Accounts of Education Authorities, 1920
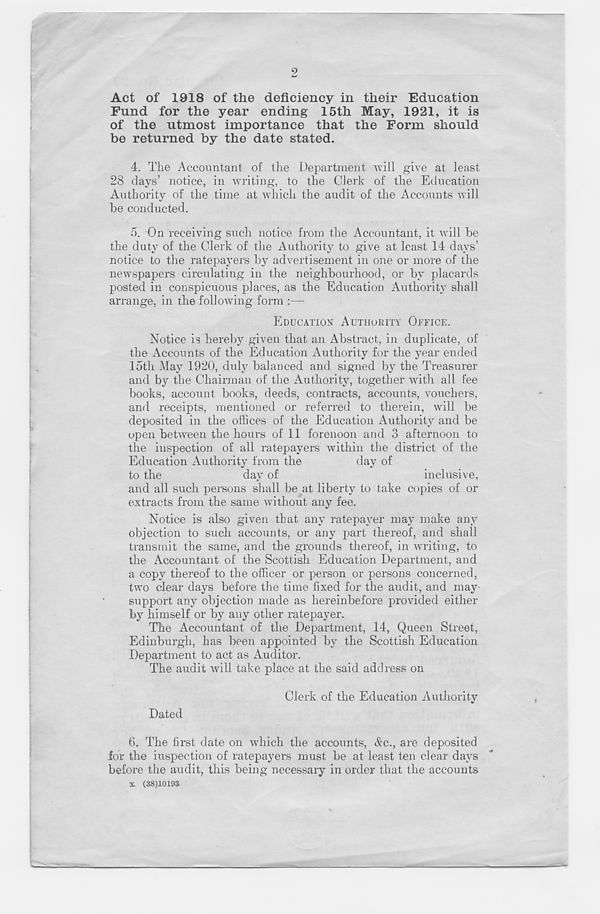
2
Act of 1918 of the deficiency in their Education
Fund for the year ending 15th May, 1921, it is
of the utmost importance that the Form should
be returned by the date stated.
4. The Accountant of the Department will give at least
28 days’ notice, in writing, to the Clerk of the Education
Authority of the time at which the audit of the Accounts will
be conducted.
5. On receiving such notice from the Accountant, it will be
the duty of the Clerk of the Authority to give at least 14 days’
notice to the ratepayers by advertisement in one or more of the
newspapers circulating in the neighbourhood, or by placards
posted in conspicuous places, as the Ediication Authority shall
arrange, in the following form :—
EDUCATION AUTHORITY OFFICE.
Notice is hereby given that an Abstract, in duplicate, of
the Accounts of the Education Authority for the year ended
loth May 1920, duly balanced and signed by the Treasurer
and by the Chairman of the Authority, together with all fee
books, account books, deeds, contracts, accounts, vouchers,
and receipts, mentioned or referred to therein, will be
deposited in the offices of the Education Authority and be
open between the hours of 11 forenoon and 3 afternoon to
the inspection of all ratepayers within the district of the
Education Authority from the
day of
to the
da} 6 7
and all such persons shall be at liberty to take copies of or
extracts from the same without any fee.
Notice is also given that any ratepayer may make any
objection to such accounts, or any part thereof, and shall
transmit the same, and the grounds thereof, in writing, to
the Accountant of the Scottish Education Department, and
a copy thereof to the officer or person or persons concerned,
two clear days before the time fixed for the audit, and may
support any objection made as hereinbefore provided either
by himself or by any other ratepayer.
The Accountant of the Department, 14, Queen Street,
Edinburgh, has been appointed by the Scottish Education
Department to act as Auditor.
The audit will take place at the said address on
Clerk of the Education Authority
Dated
6. The first date on which the accounts, Ac., are deposited
for the inspection of ratepayers must be at least ten clear days
before the audit, this being necessary in order that the accounts
x. (38)10193